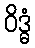
ဝိဒ္ဓံ